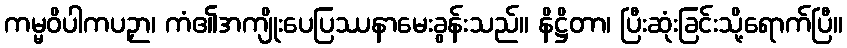
ကမ္မဝိပါကပဉှာ၊ ကံ၏အကျိုးပေပြဿနာမေးခွန်းသည်။ နိဋ္ဌိတာ၊ ပြီးဆုံးခြင်းသို့ရောက်ပြီ။